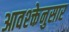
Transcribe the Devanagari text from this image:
आवश्क्तेनुसार